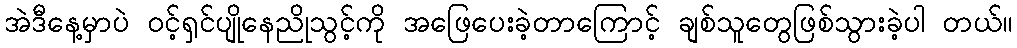
အဲဒီနေ့မှာပဲ ဝင့်ရှင်ပျိုနေညိုသွင့်ကို အဖြေပေးခဲ့တာကြောင့် ချစ်သူတွေဖြစ်သွားခဲ့ပါ တယ်။